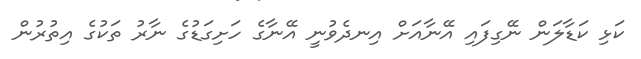
ކަޅި ކަޑާލަން ނޭގިފައި އޭނާއަށް އިނދެވުނީ އޭނާގެ ހަށިގަޑުގެ ނާރު ތަކުގެ އިތުރުން